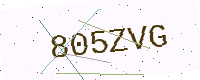
Text: 805ZVG